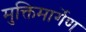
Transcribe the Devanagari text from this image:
मुक्तिमार्गेण